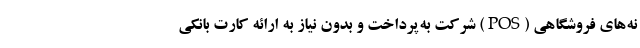
نه‌های فروشگاهی (POS) شرکت به‌پرداخت و بدون نیاز به ارائه کارت بانکی